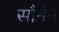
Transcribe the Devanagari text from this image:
सौमेन